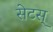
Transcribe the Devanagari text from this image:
सेटस्